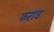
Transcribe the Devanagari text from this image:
फराड